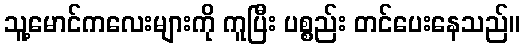
သူ့မောင်ကလေးများကို ကူပြီး ပစ္စည်း တင်ပေးနေသည်။